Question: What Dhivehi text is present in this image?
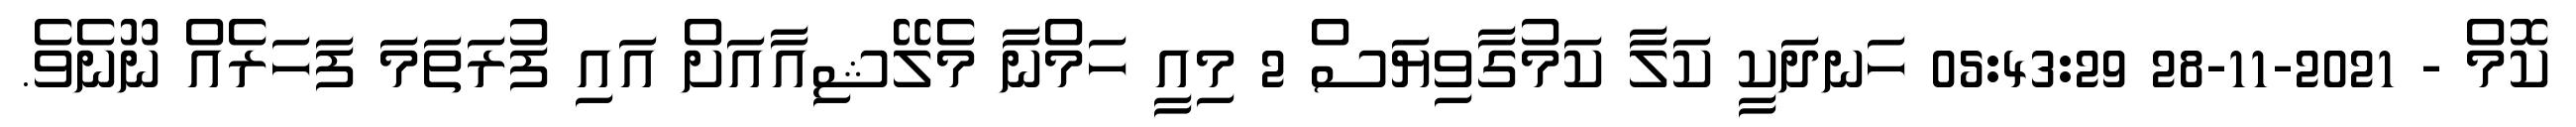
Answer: ކޮމް - 2021-11-28 05:43:29 ހަނދަކީ ކަލާ ކަމުގާވިޔަސް 2 މިއީ ހަމްނާ މެލޭޝިއާއަށް އައި ފުރަތަމަ ފަހަރެއް ނޫނެވެ.